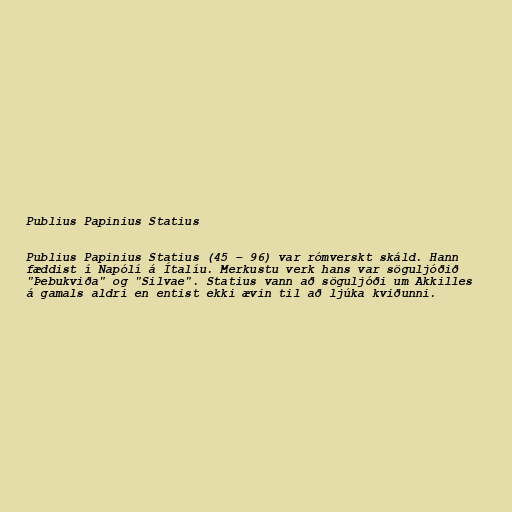
Publius Papinius Statius

Publius Papinius Statius (45 – 96) var rómverskt skáld. Hann
fæddist í Napólí á Ítalíu. Merkustu verk hans var söguljóðið
"Þebukviða" og "Silvae". Statius vann að söguljóði um Akkilles
á gamals aldri en entist ekki ævin til að ljúka kviðunni.